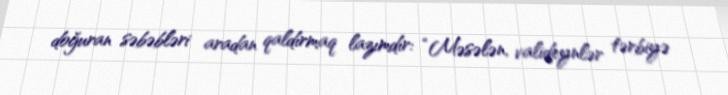
doğuran səbəbləri aradan qaldırmaq lazımdır: “Məsələn, valideynlər tərbiyə